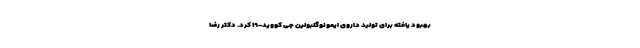
بهبود یافته برای تولید داروی ایمونوگلبولین جی کووید-۱۹ کرد. دکتر رضا